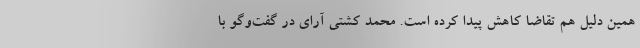
همین دلیل هم تقاضا کاهش پیدا کرده است. محمد کشتی آرای در گفت‌وگو با